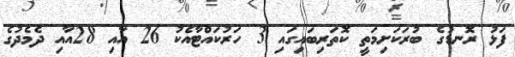
ފަޅު ރޮނޑުގެ ބުރަކަށިމަތީ ކޮތަރިބައިގައި 3 ހަރުކައްޓާއެކު 26 އާއި 28އާއި ދެމެދުގެ